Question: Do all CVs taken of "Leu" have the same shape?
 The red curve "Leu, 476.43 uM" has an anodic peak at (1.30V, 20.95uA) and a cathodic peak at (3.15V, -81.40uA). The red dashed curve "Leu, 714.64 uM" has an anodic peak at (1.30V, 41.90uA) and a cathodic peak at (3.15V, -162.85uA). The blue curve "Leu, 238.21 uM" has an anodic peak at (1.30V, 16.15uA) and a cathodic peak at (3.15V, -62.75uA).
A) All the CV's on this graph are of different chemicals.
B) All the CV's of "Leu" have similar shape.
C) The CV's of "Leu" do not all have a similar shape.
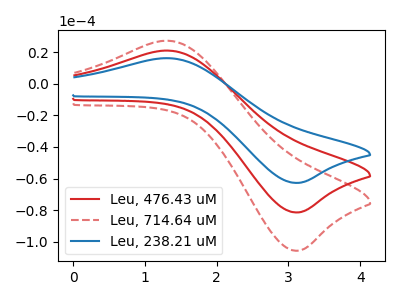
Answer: <think>All the peaks in "Leu, 476.43 uM" have a peak in "Leu, 714.64 uM" at the same potential. Every peak in "Leu, 476.43 uM" is lower than every peak in "Leu, 714.64 uM". All the peaks in "Leu, 476.43 uM" have a peak in "Leu, 238.21 uM" at the same potential. Every peak in "Leu, 476.43 uM" is higher than every peak in "Leu, 238.21 uM". All the peaks in "Leu, 714.64 uM" have a peak in "Leu, 238.21 uM" at the same potential. Every peak in "Leu, 714.64 uM" is higher than every peak in "Leu, 238.21 uM".
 </think>
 <answer>B) All the CV's of "Leu" have similar shape.</answer>
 <eval>B</eval>